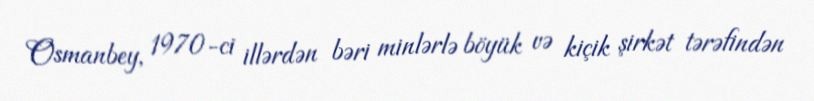
Osmanbey, 1970-ci illərdən bəri minlərlə böyük və kiçik şirkət tərəfindən